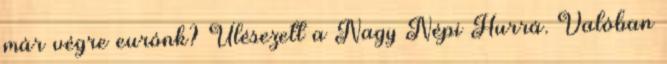
már végre eurónk? Ülésezett a Nagy Népi Hurrá. Valóban